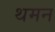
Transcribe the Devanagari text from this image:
थमन